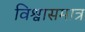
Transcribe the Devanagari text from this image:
विश्वासमात्र